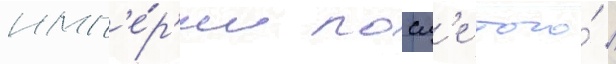
имп'е́р'ии посл'е того́ /